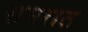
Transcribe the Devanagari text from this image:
समराठ